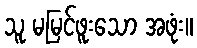
သူ မမြင်ဖူးသော အဖုံး။